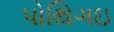
પોથિગઇ